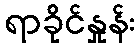
ရာခိုင်နှုန်း